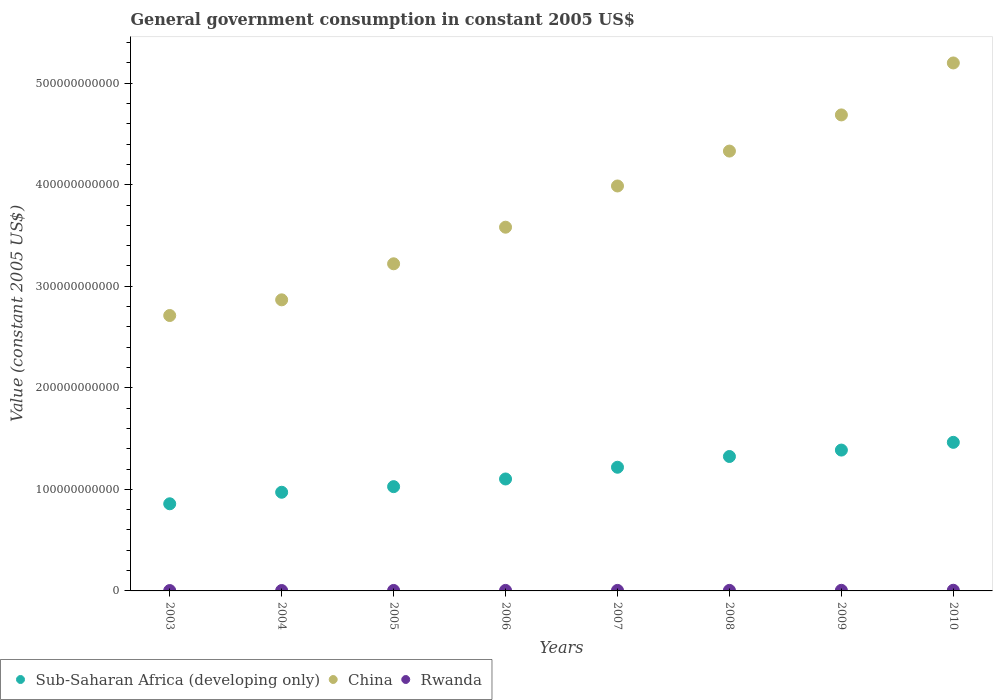
| Years | Sub-Saharan Africa (developing only) | China | Rwanda |
 | --- | --- | --- | --- |
 | 2003 | 8.58e+10 | 2.71e+11 | 3.66e+08 |
 | 2004 | 9.72e+10 | 2.87e+11 | 4.01e+08 |
 | 2005 | 1.03e+11 | 3.22e+11 | 4.7e+08 |
 | 2006 | 1.1e+11 | 3.58e+11 | 5.14e+08 |
 | 2007 | 1.22e+11 | 3.99e+11 | 5.19e+08 |
 | 2008 | 1.32e+11 | 4.33e+11 | 5.32e+08 |
 | 2009 | 1.39e+11 | 4.69e+11 | 5.94e+08 |
 | 2010 | 1.46e+11 | 5.2e+11 | 6.55e+08 |